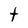
Character: t